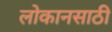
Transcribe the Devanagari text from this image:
लोकानसाठी